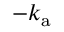
- k _ { \mathrm { a } }